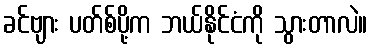
ခင်ဗျား ပတ်စ်ပို့က ဘယ်နိုင်ငံကို သွားတာလဲ။